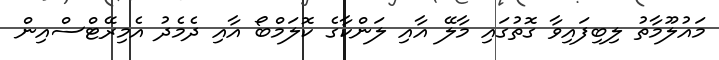
މައުލޫމާތު ލިބިފައިވާ ގޮތުގައި މާލޭ އާއި ލަންކާގެ ކޮލަމްބޯ އާއި ދެމެދު އެމިރޭޓްސްއިން